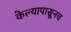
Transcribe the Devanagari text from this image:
केल्यापासूनच